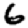
Digit: 6